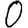
Digit: 0